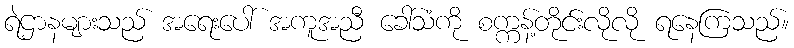
ရဲဌာနများသည် အရေးပေါ် အကူအညီ ခေါ်သံကို စက္ကန့်တိုင်းလိုလို ရနေကြသည်။